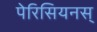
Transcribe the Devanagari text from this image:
पेरिसियनस्